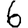
Digit: 6